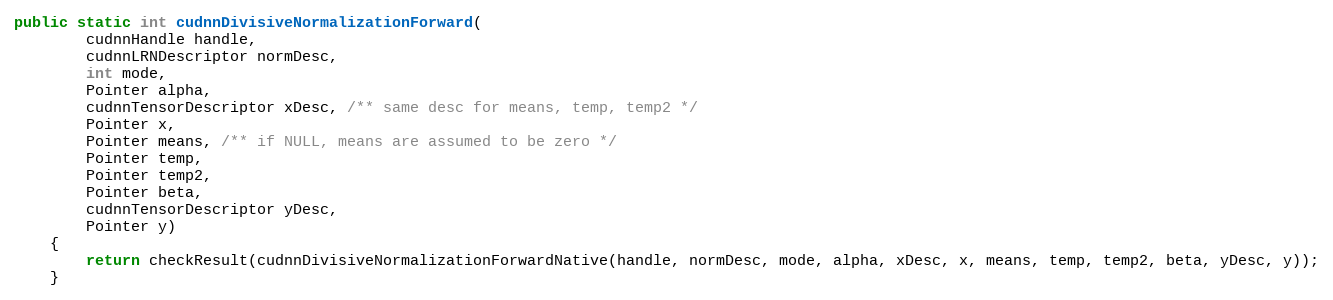
Language: Java
public static int cudnnDivisiveNormalizationForward(
        cudnnHandle handle,
        cudnnLRNDescriptor normDesc,
        int mode,
        Pointer alpha,
        cudnnTensorDescriptor xDesc, /** same desc for means, temp, temp2 */
        Pointer x,
        Pointer means, /** if NULL, means are assumed to be zero */
        Pointer temp,
        Pointer temp2,
        Pointer beta,
        cudnnTensorDescriptor yDesc,
        Pointer y)
    {
        return checkResult(cudnnDivisiveNormalizationForwardNative(handle, normDesc, mode, alpha, xDesc, x, means, temp, temp2, beta, yDesc, y));
    }